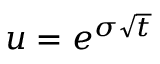
u = e ^ { \sigma { \sqrt { t } } }